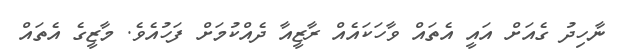
ނާހިދު ގެއަށް އައީ އެތައް ވާހަކައެއް ރާޒީއާ ދެއްކުމަށް ފަހުއެވެ. މާޒީގެ އެތައް